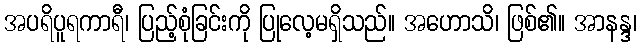
အပရိပူရကာရီ၊ ပြည့်စုံခြင်းကို ပြုလေ့မရှိသည်။ အဟောသိ၊ ဖြစ်၏။ အာနန္ဒ၊